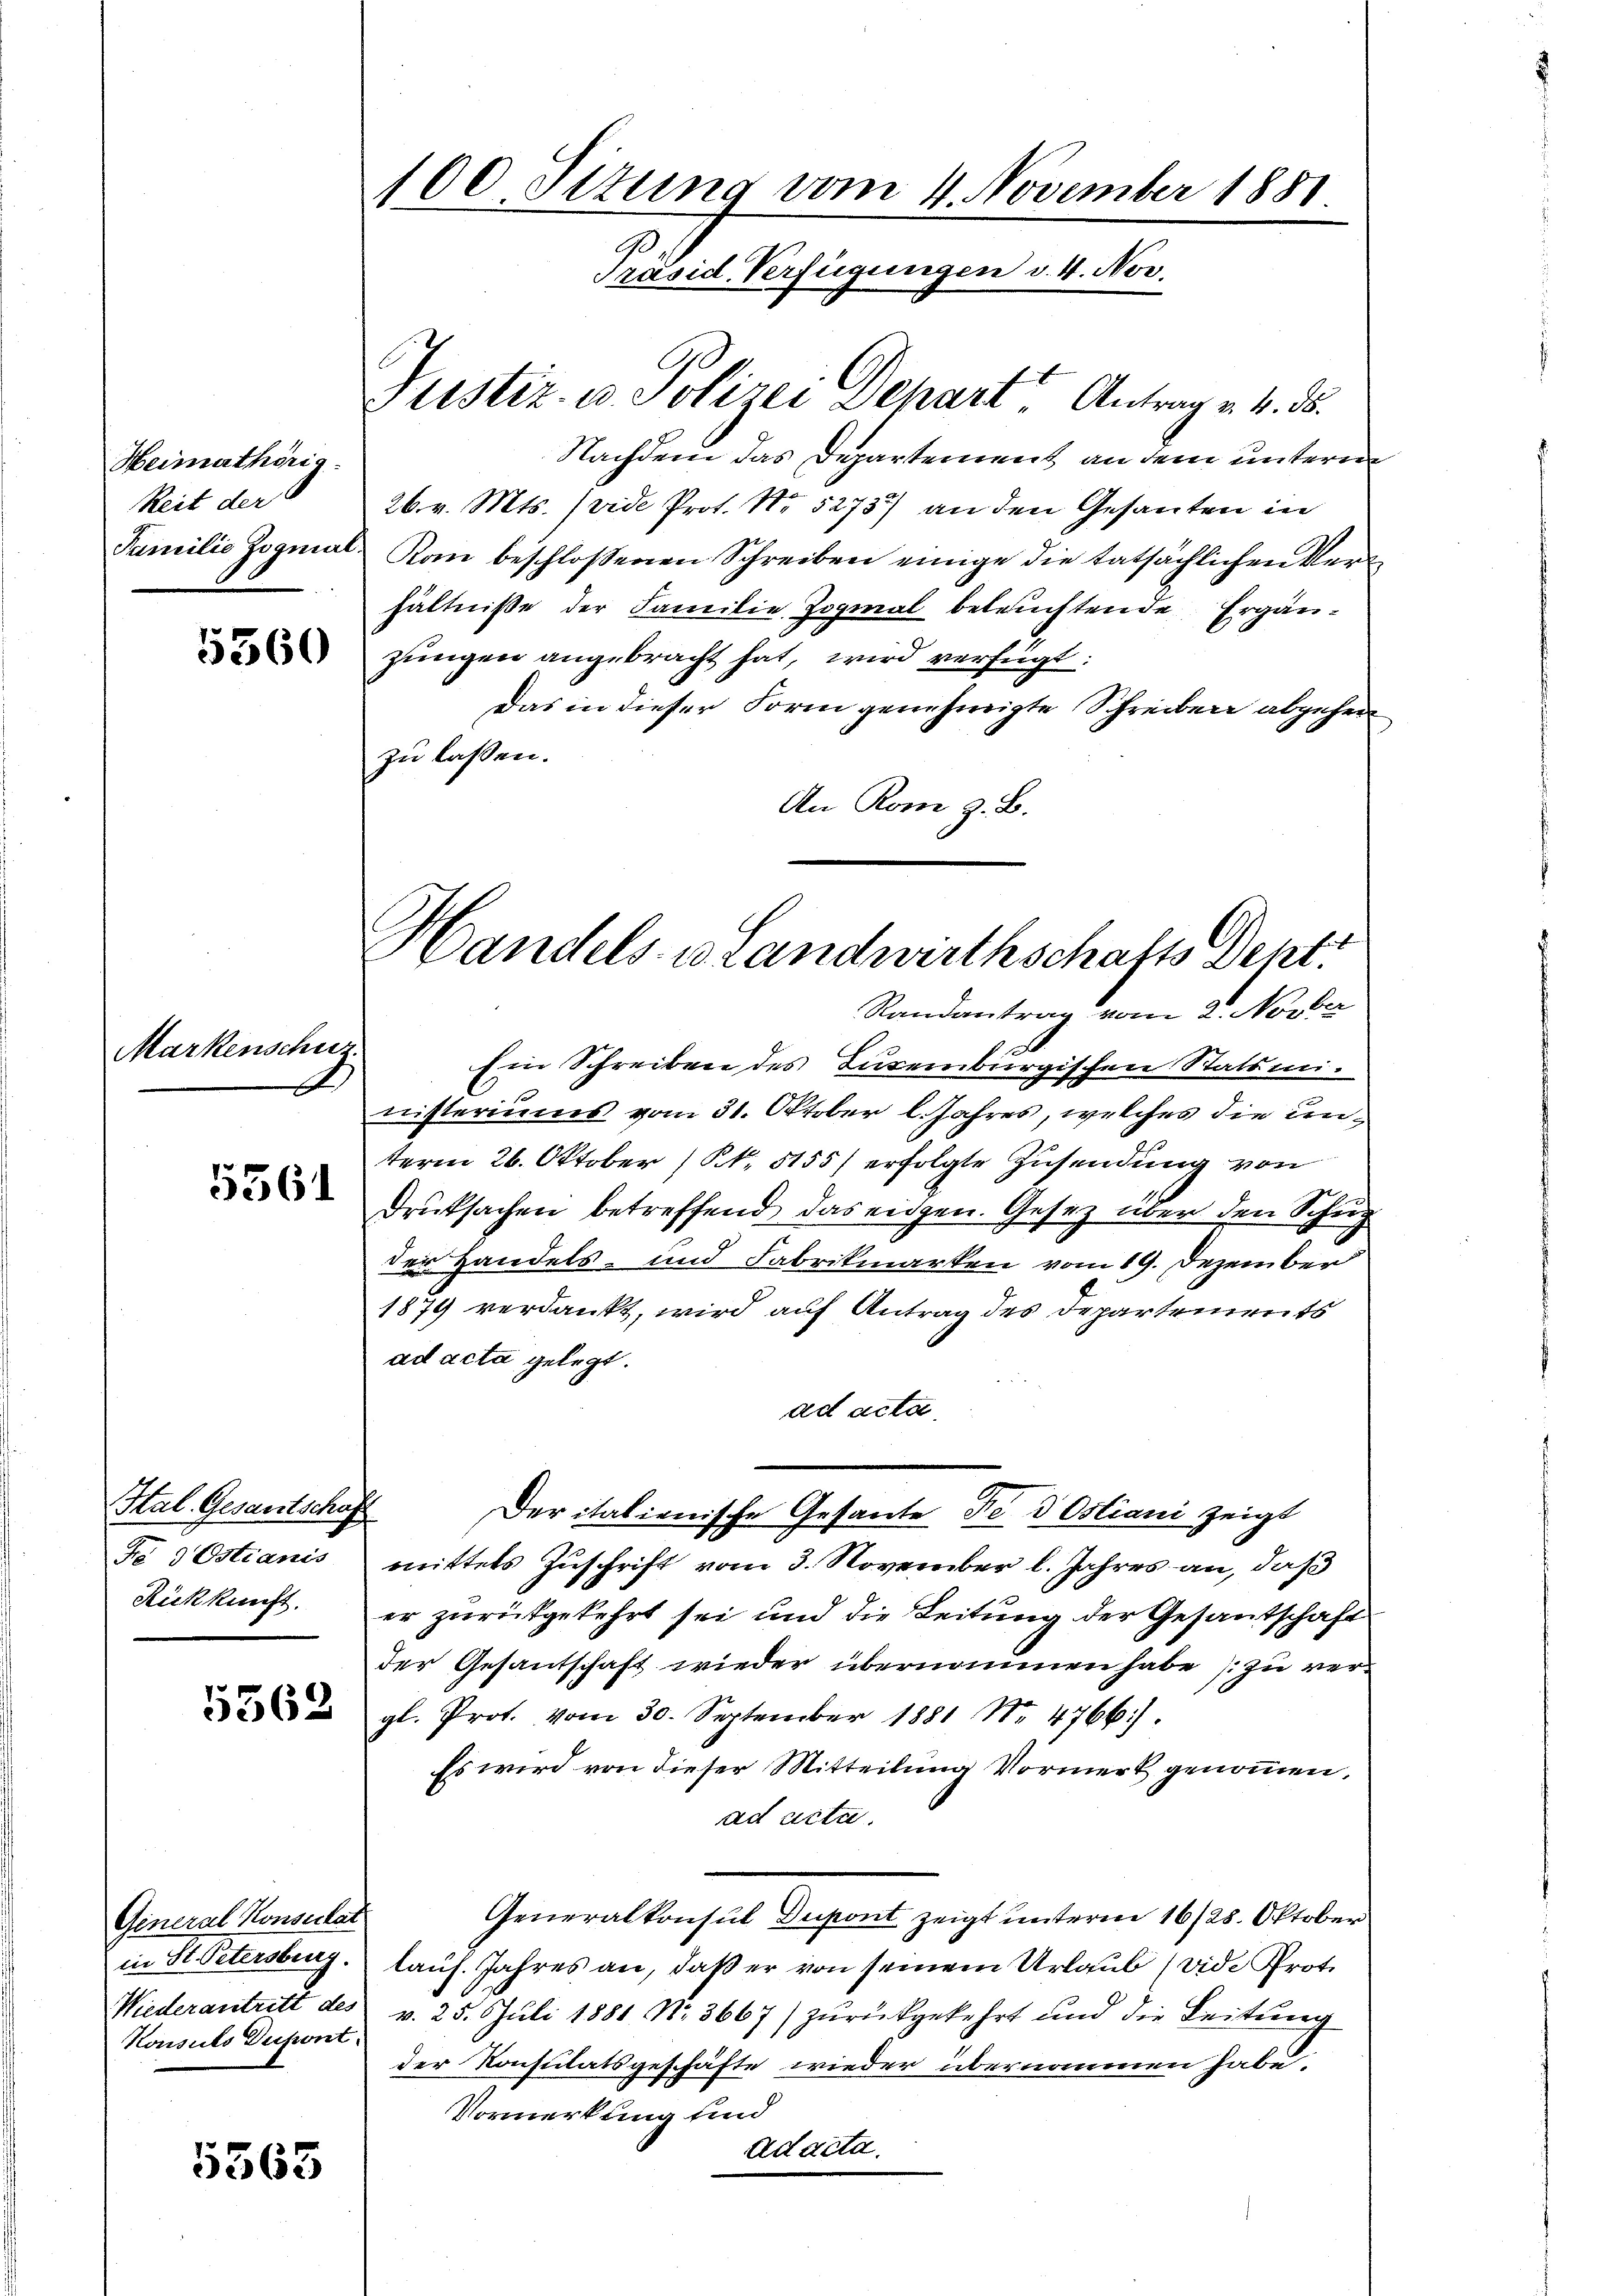
Heimathörig
Zeit der

5560

Markenschur

5561

Hal. Gesantschaft
Fe 9 Ostianis
Rückkunft.

5562

General Konsulat
in St. Petersburg.
Niederantritt des
Konsuls Defont

5363

100 Sizung vom 4. November 1881
B
Präsid. Verfügungen v. 4. Nov.

Justiz- u. Polizei Depart Antrag v. 4. ds.
Nachdem das Departement, an dem unterm
26. v. Mts. (vide Prot. No 5273) an den Gesanten in
Familie Zognat Kam beschloßenen Schreiben einige die tatsächlichen Verhältnisse der Familie Dogmal beleuchtende Ergänzungen angebracht hat, wird verfügt:
Das in dieser Form genehmigte Schreiben abgehen
zu lassen.
An Rom z. B.

Handels- u. Landwirthschafts Dent:

Randantrag vom 2. Nove
Ein Schreiben des Juremburgischen Statsministeriums vom 31. Oktober l. Jahres, welches die unterm 26. Oktober (S. 5155) erfolgte Zusendung von
Druksachen betreffend das eidgen. Gesetz über den Schup
der Handels- und Fabrikmarken vom 19. Dezember
1879 verdankt, wird auf Antrag des Departements
ad acta gelegt.
ad acta.
Der italienische Gesante de d Ostiani zeigt
mittels Zuschrift vom 3. November l. Jahres an, daß
er zurükgekehrt sei und die Leitung der Gesantschaft
der Gesantschaft wieder übernommen habe zu vergl. Prot. vom 30. September 1881 Nr. 4766)
Es wird von dieser Mitteilung Vormerk genommen,
ad acta.
Generalkonsul Dupont zeigt unterm 16/28. Oktober
lauf. Jahres an, daß er von seinem Urlaub (vide Proto
v. 25. Juli 1881 No. 3667) zurückgekehrt und die Leitung
der Konsulatsgeschäfte wieder übernommen habe.
Vormerkung und
ad acta.